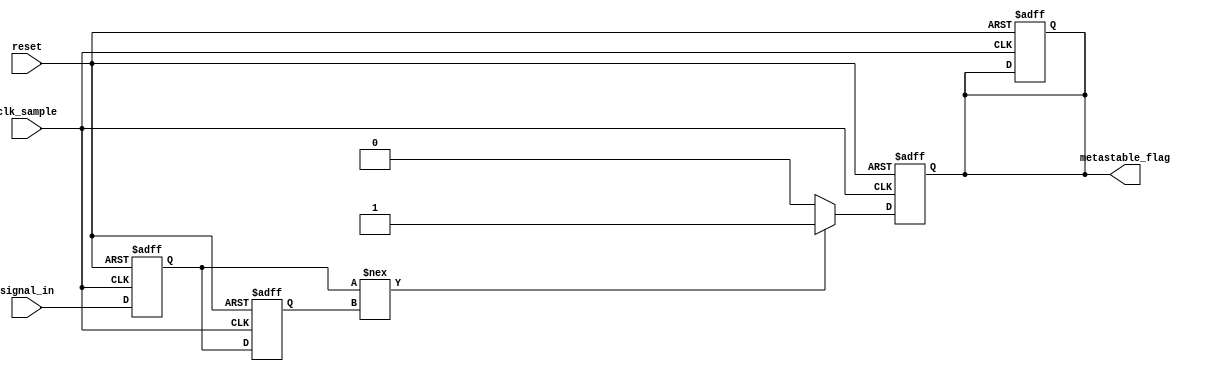
module metastability_detector (
    input wire clk_sample,           // Sampling clock
    input wire reset,                // Reset signal
    input wire signal_in,            // Signal to monitor for metastability
    output reg metastable_flag       // Output flag indicating a metastable state
);

// Internal signals
reg reg1;                  // First D flip-flop output
reg reg2;                  // Second D flip-flop output

// Sequential logic for the flip-flops
always @(posedge clk_sample or posedge reset) begin
    if (reset) begin
        reg1 <= 1'b0;        // Reset state of the first register
        reg2 <= 1'b0;        // Reset state of the second register
        metastable_flag <= 1'b0; // Clear the metastability flag
    end else begin
        reg1 <= signal_in;   // Sample the input signal
        reg2 <= reg1;        // Sample the output of the first flip-flop
    end
end

// Metastability detection logic
always @(posedge clk_sample or posedge reset) begin
    if (reset) begin
        metastable_flag <= 1'b0; // Clear the metastability flag
    end else begin
        if (reg1 !== reg2) begin  // Detect a change between two consecutive samples
            metastable_flag <= 1'b1; // Indicate potential metastability
        end else begin
            metastable_flag <= 1'b0; // Clear flag if the signal is stable
        end
    end
end

endmodule